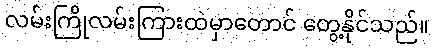
လမ်းကြိုလမ်းကြားထဲမှာတောင် တွေ့နိုင်သည်။